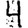
Digit: 4